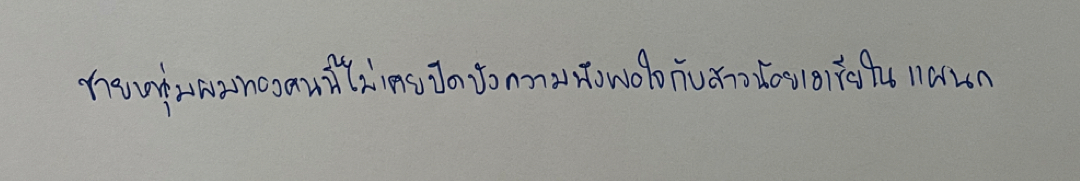
ชายหนุ่มผมทองคนนี้ไม่เคยปิดบังความพึงพอใจกับสาวน้อยเอเชียในแผนก